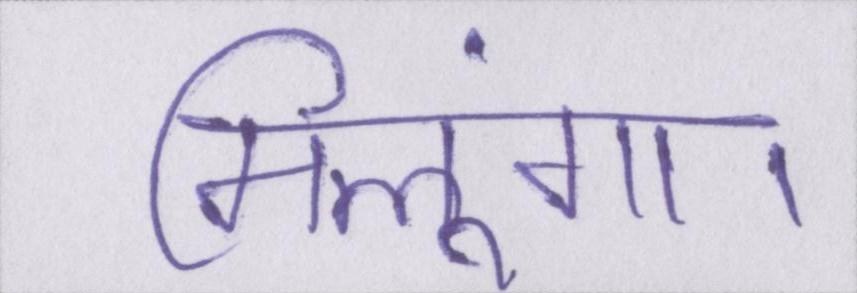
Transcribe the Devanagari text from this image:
मिलूंगा।